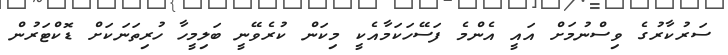
ސަރުކާރުގެ ވިސްނުމަށް އައީ އެންމެ ފަސޭހަކަމާއެކީ މިކަން ކުރެވޭނީ ބަލިމީހާ ހުރިތަނަކަށް ޑޮކްޓަރުން